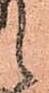
候